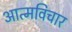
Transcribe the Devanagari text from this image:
आत्मविचार